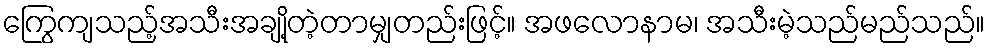
ကြွေကျသည့်အသီးအချို့တဲ့တာမျှတည်းဖြင့်။ အဖလောနာမ၊ အသီးမဲ့သည်မည်သည်။